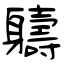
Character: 軇